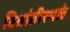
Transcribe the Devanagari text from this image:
विश्रांतीस्थळे